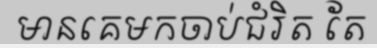
មានគេមកចាប់ជំរិត តែ